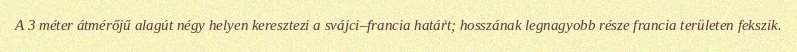
A 3 méter átmérőjű alagút négy helyen keresztezi a svájci–francia határt; hosszának legnagyobb része francia területen fekszik.